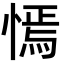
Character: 㥼